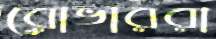
রোভাররা